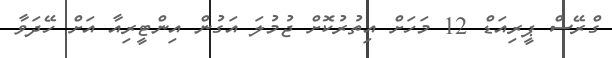
ގްރޭސް ޕީރިއަޑް 12 މަހަށް އިތުރުކޮށް ޖުމުލަ އަގުން އިންޓީރިއާ އަށް ހޭދަވާ